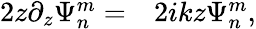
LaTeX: \begin{array}{rl}{2z\partial_{z}\Psi_{n}^{m}=}&{{}2ikz\Psi_{n}^{m},}\end{array}